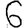
Digit: 6